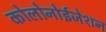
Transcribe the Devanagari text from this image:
कोलोनोईजेशन